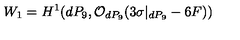
W _ { 1 } = H ^ { 1 } ( d P _ { 9 } , { \cal O } _ { d P _ { 9 } } ( 3 \sigma | _ { d P _ { 9 } } - 6 F ) )